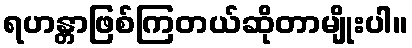
ရဟန္တာဖြစ်ကြတယ်ဆိုတာမျိုးပါ။